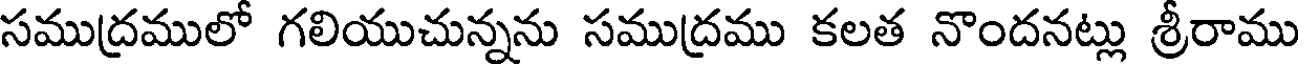
సముద్రములో గలియుచున్నను సముద్రము కలత నొందనట్లు శ్రీరాము